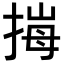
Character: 𢯈